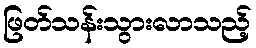
ဖြတ်သန်းသွားလာသည့်